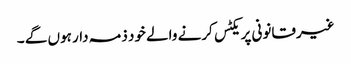
غیرقانونی پریکٹس کرنے والے خود ذمہ دار ہوں گے ۔